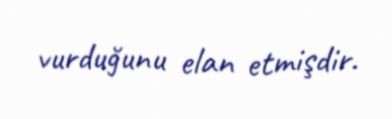
vurduğunu elan etmişdir.